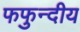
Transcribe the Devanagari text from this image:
फफुन्दीय